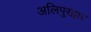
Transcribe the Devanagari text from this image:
अलिपुरद्वार